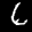
Label: 6